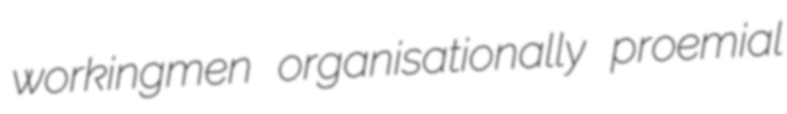
workingmen organisationally proemial